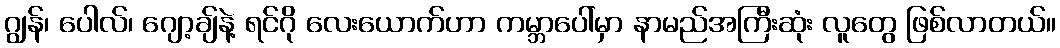
ဂျွန်၊ ပေါလ်၊ ဂျော့ချ်နဲ့ ရင်ဂို လေးယောက်ဟာ ကမ္ဘာပေါ်မှာ နာမည်အကြီးဆုံး လူတွေ ဖြစ်လာတယ်။